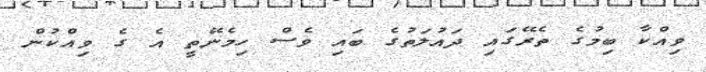
ވިއްކާ ބިމުގެ ތެރޭގައި ދައުލަތުގެ ބައި ވެސް ހިމެނޭތީ އެ ގެ ވިއްކުން